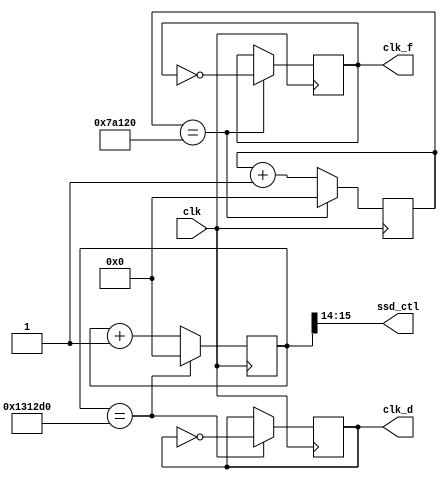
`timescale 1ns / 1ps
//////////////////////////////////////////////////////////////////////////////////
// Company: 
// Engineer: 
// 
// Design Name: 
// Module Name: freq_div
// Project Name: 
// Target Devices: 
// Tool Versions: 
// Description: 
// 
// Dependencies: 
// 
// Revision:
// Revision 0.01 - File Created
// Additional Comments:
// 
//////////////////////////////////////////////////////////////////////////////////


module freq_div(
    input clk,
    output reg clk_d,
    output reg clk_f,
    output  [1:0] ssd_ctl
    );
    reg [26:0] cnt_50M;
    reg [26:0] cnt_500K;
    

    
    assign ssd_ctl = cnt_50M[15:14];
    
    always@( posedge clk )
        if( cnt_50M == 1_250_000 ) //50M=1s
        begin
            cnt_50M <= 27'd0;
            clk_d <= ~clk_d;
        end
        else
        begin
            cnt_50M <= cnt_50M + 1'b1;
        end
     
    always@( posedge clk )
        if( cnt_500K == 500_000 )
        begin
            cnt_500K<= 27'd0;
            clk_f <= ~clk_f;
        end
        else
        begin
            cnt_500K <= cnt_500K + 1'b1;
        end
              
endmodule